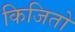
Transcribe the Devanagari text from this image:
किजितो